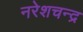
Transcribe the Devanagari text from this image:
नरेशचन्द्र